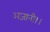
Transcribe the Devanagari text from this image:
अजानी।।